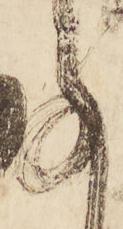
承